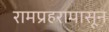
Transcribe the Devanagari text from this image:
रामप्रहरापासून